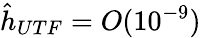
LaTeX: \hat{h}_{UTF}=O(10^{-9})